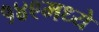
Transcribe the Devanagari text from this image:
१४९मध्ये